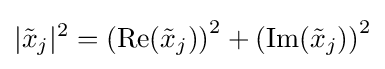
|{\tilde {x}}_{j}|^{2}=\left(\operatorname {Re} ({\tilde {x}}_{j})\right)^{2}+\left(\operatorname {Im} ({\tilde {x}}_{j})\right)^{2}